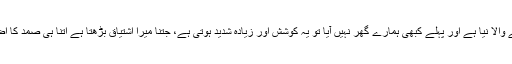
اگر آنے والا نیا ہے اور پہلے کبھی ہمارے گھر نہیں آیا تو یہ کوشش اور زیادہ شدید ہوتی ہے، جتنا میرا اشتیاق بڑھتا ہے اتنا ہی صمد کا اضطرار۔